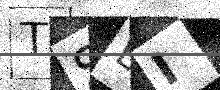
Text: TSBI